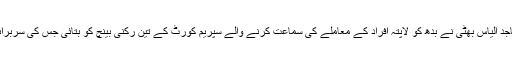
یہ بات پاکستان کے ڈپٹی اٹارنی جنرل ساجد الیاس بھٹی نے بدھ کو لاپتہ افراد کے معاملے کی سماعت کرنے والے سپریم کورٹ کے تین رکنی بینچ کو بتائی جس کی سربراہی جسٹس اعجاز افضل خان کر رہے ہیں۔